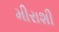
મીરાશી